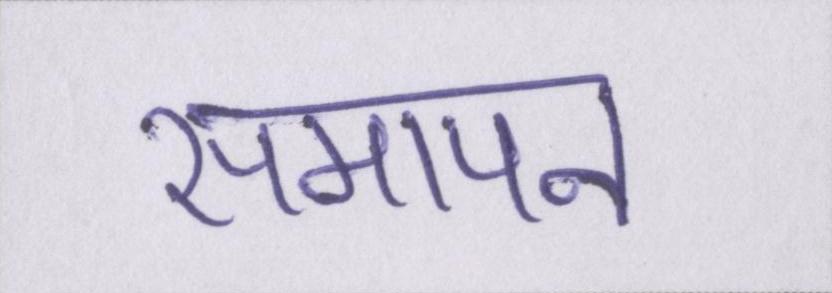
समापन